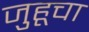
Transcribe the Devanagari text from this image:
जुहूचा